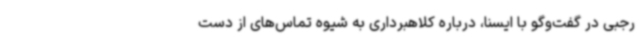
رجبی در گفت‌وگو با ایسنا، درباره کلاهبرداری به شیوه تماس‌های از دست